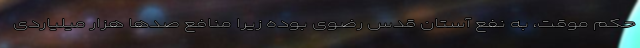
حکم موقت، به نفع آستان قدس رضوی بوده زیرا منافع صدها هزار میلیاردی